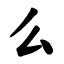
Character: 么